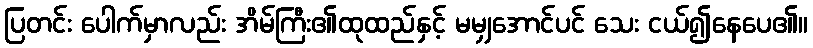
ပြတင်း ပေါက်မှာလည်း အိမ်ကြီး၏ထုထည်နှင့် မမျှအောင်ပင် သေး ငယ်၍နေပေ၏။